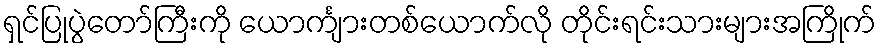
ရှင်ပြုပွဲတော်ကြီးကို ယောင်္ကျားတစ်ယောက်လို တိုင်းရင်းသားများအကြိုက်